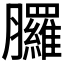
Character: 𦣇